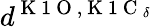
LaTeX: d^{\mathrm{~K~1~O~},\mathrm{~K~1~C~}_{\delta}}